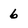
Character: 6